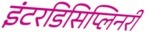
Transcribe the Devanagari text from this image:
इंटरडिसिप्लिनरी